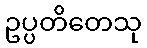
ဥပ္ပတိတေသု